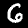
Label: 6